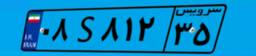
۶۰S۲۰۸۹۱